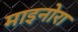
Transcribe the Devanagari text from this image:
माइनोरा